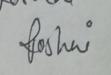
Signature authenticity: genuine